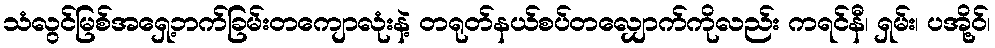
သံလွင်မြစ်အရှေ့ဘက်ခြမ်းတကျောလုံးနဲ့ တရုတ်နယ်စပ်တလျှောက်ကိုလည်း ကရင်နီ၊ ရှမ်း၊ ပအို့ဝ်၊